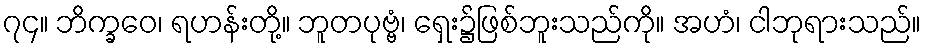
၇၄။ ဘိက္ခဝေ၊ ရဟန်းတို့။ ဘူတပုဗ္ဗံ၊ ရှေး၌ဖြစ်ဘူးသည်ကို။ အဟံ၊ ငါဘုရားသည်။